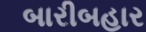
બારીબહાર